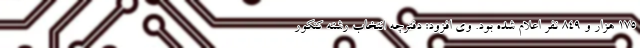
۱۷۵ هزار و ۸۴۹ نفر اعلام شده بود. وی افزود: دفترچه انتخاب رشته کنکور